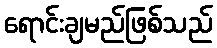
ရောင်းချမည်ဖြစ်သည်